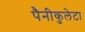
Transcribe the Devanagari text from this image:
पैनीकुलेटा